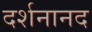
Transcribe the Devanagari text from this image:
दर्शनानद